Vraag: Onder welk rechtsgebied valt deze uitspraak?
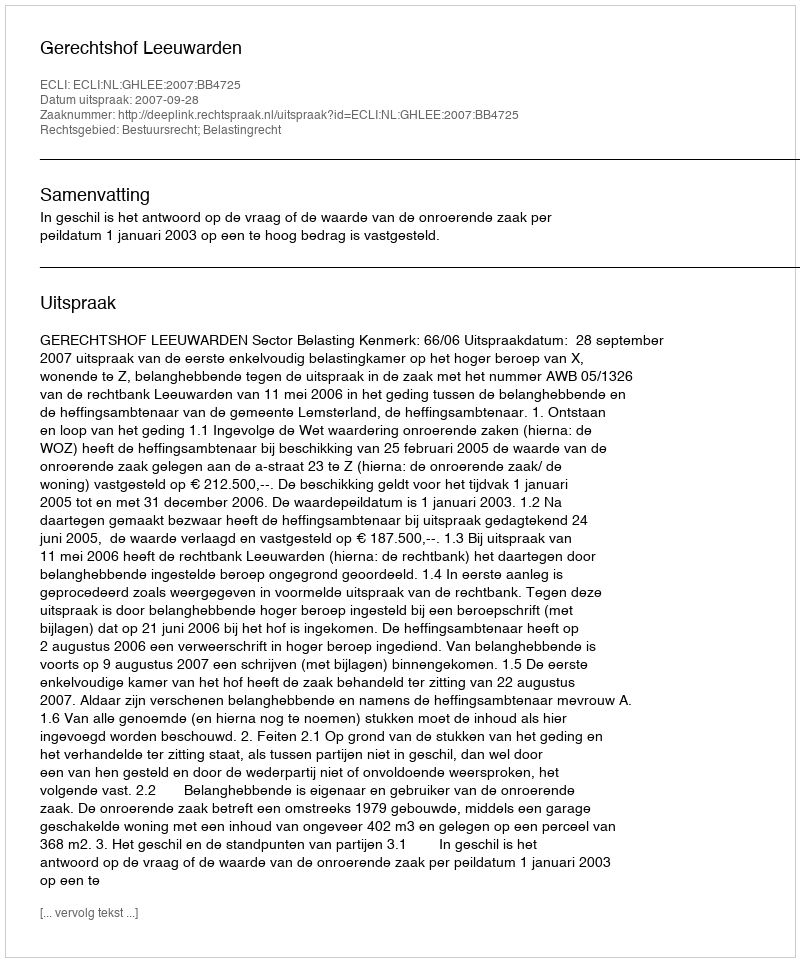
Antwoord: Bestuursrecht; Belastingrecht